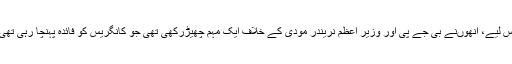
اس لیے، انھوںنے بی جے پی اور وزیر اعظم نریندر مودی کے خلاف ایک مہم چھیڑرکھی تھی جو کانگریس کو فائدہ پہنچا رہی تھی۔